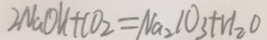
2 N a O H + C O _ { 2 } = N a _ { 2 } C O _ { 3 } + H _ { 2 } O